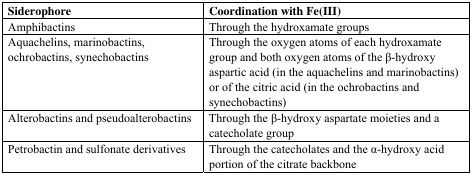
| Siderophore | Coordination with Fe(III) |
 | --- | --- |
 | Amphibactins | Through the hydroxamate groups |
 | Aquachelins, marinobactins, ochrobactins, synechobactins | Through the oxygen atoms of each hydroxamate group and both oxygen atoms of the β-hydroxy aspartic acid (in the aquachelins and marinobactins) or of the citric acid (in the ochrobactins and synechobactins) |
 | Alterobactins and pseudoalterobactins | Through the β-hydroxy aspartate moieties and a catecholate group |
 | Petrobactin and sulfonate derivatives | Through the catecholates and the α-hydroxy acid portion of the citrate backbone |